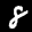
Label: 8